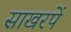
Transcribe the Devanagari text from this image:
साखरपें